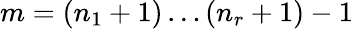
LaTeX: m=(n_{1}+1)\ldots(n_{r}+1)-1